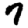
Digit: 7